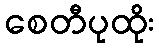
စေတီပုထိုး